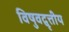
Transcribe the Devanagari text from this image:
विषुवद्वृत्तीय